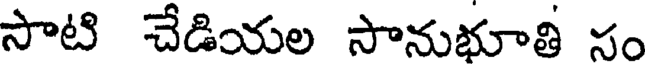
సాటి చేడియల సానుభూతి సం